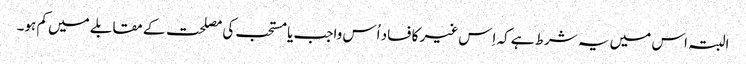
البتہ اس میں یہ شرط ہے کہ اِس غیر کا فساد اُس واجب یا مستحب کی مصلحت کے مقابلے میں کم ہو۔